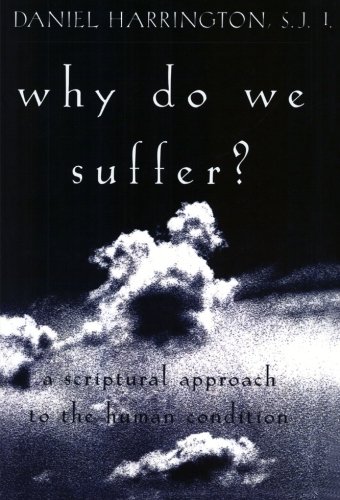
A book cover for Why Do We Suffer?: A Scriptural Approach to the Human Condition; Daniel Harrington S.J.; Christian Books & Bibles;